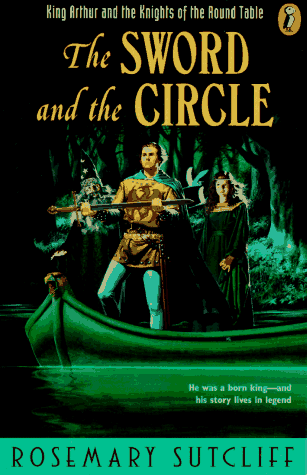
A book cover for The Sword and the Circle: King Arthur and the Knights of the Round Table; Rosemary Sutcliff; Children's Books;